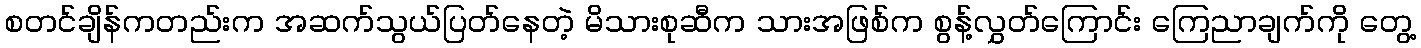
စတင်ချိန်ကတည်းက အဆက်သွယ်ပြတ်နေတဲ့ မိသားစုဆီက သားအဖြစ်က စွန့်လွှတ်ကြောင်း ကြေညာချက်ကို တွေ့